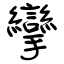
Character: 攣